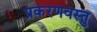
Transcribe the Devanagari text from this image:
प्रकरणवस्तु